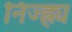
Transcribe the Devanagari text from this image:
निज्ह्न्य